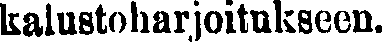
kalustoharjoitukseen.